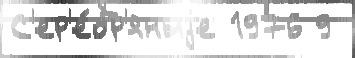
С'ер'е́бр'яныjе 1976 9